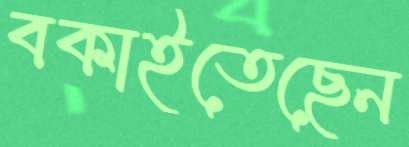
বকাইতেছেন